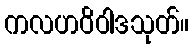
ကလဟဝိဝါဒသုတ်။